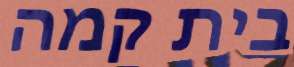
בית קמה